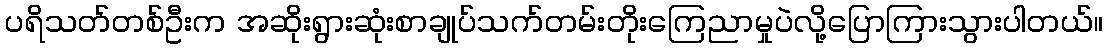
ပရိသတ်တစ်ဦးက အဆိုးရွားဆုံးစာချုပ်သက်တမ်းတိုးကြေညာမှုပဲလို့ပြောကြားသွားပါတယ်။